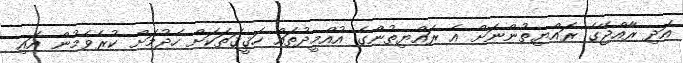
އަދި ރާއްޖޭގެ ރައްޔިތުންނަށް އެ ރައްޔިތުންގެ އުއްމީދުތައް ހަޤީޤަތަކަށް ހެދުމަށް ކުރެވެމުން އައި